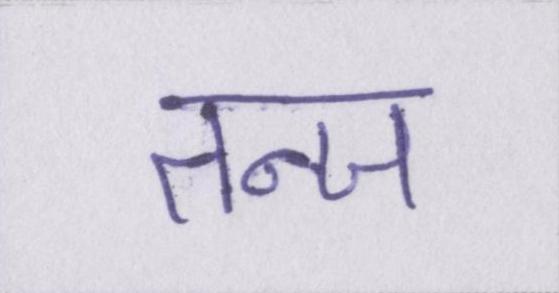
तन्ज